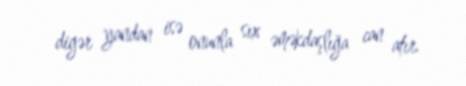
digər yandan isə onunla sıx əməkdaşlığa can atır.